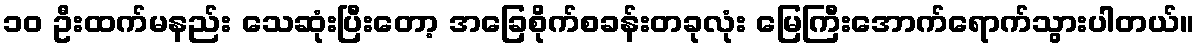
၁၀ ဦးထက်မနည်း သေဆုံးပြီးတော့ အခြေစိုက်စခန်းတခုလုံး မြေကြီးအောက်ရောက်သွားပါတယ်။